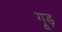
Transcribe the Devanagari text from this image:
गूड़